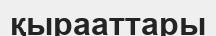
қырааттары